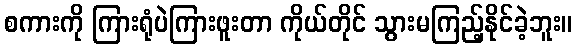
စကားကို ကြားရုံပဲကြားဖူးတာ ကိုယ်တိုင် သွားမကြည့်နိုင်ခဲ့ဘူး။